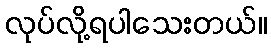
လုပ်လို့ရပါသေးတယ်။